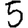
Digit: 5